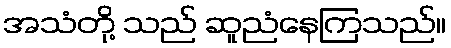
အသံတို့ သည် ဆူညံနေကြသည်။